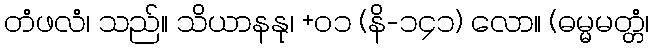
တံဖလံ၊ သည်။ သိယာနနု၊ +၀၁ (နိ-၁၄၁) လော။ (ဓမ္မမတ္တံ၊